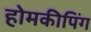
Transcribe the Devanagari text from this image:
होमकीपिंग